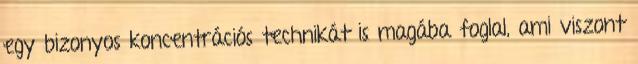
egy bizonyos koncentrációs technikát is magába foglal, ami viszont